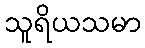
သူရိယသမာ